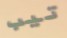
تيب